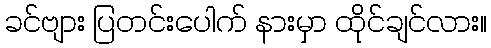
ခင်ဗျား ပြတင်းပေါက် နားမှာ ထိုင်ချင်လား။